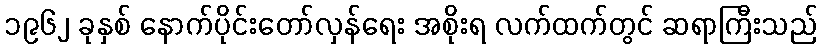
၁၉၆၂ ခုနှစ် နောက်ပိုင်းတော်လှန်ရေး အစိုးရ လက်ထက်တွင် ဆရာကြီးသည်